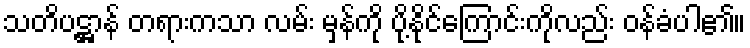
သတိပဋ္ဌာန် တရားကသာ လမ်း မှန်ကို ပို့နိုင်ကြောင်းကိုလည်း ဝန်ခံပါ၏။